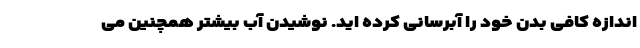
اندازه کافی بدن خود را آبرسانی کرده اید. نوشیدن آب بیشتر همچنین می